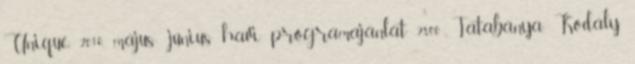
Unique 2010. május- június havi programajánlat 2800 Tatabánya, Kodály